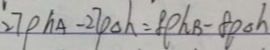
2 7 p h _ { A } - 2 7 p \Delta h = 8 \rho h _ { B } - 8 p \Delta h